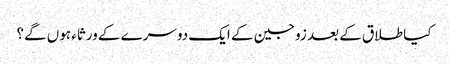
کیا طلاق کے بعد زوجین کے ایک دوسرے کے ورثاء‌ ہوں‌ گے؟